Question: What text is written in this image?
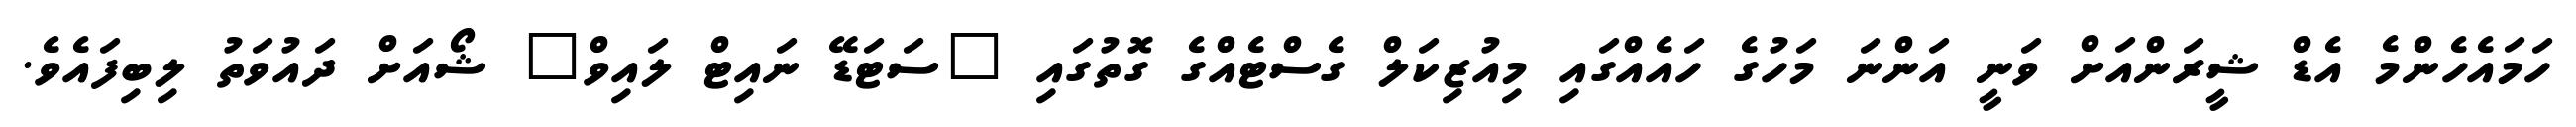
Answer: ހަމައެހެންމެ އެޑް ޝީރަންއަށް ވަނީ އަންނަ މަހުގެ ހައެއްގައި މިއުޒިކަލް ގެސްޓެއްގެ ގޮތުގައި "ސަޓަޑޭ ނައިޓް ލައިވް" ޝޯއަށް ދައުވަތު ލިބިފައެވެ.